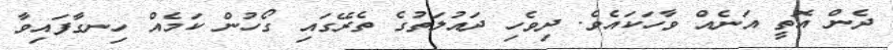
ދެން އޮތީ އަނެއް ވާހަކައެވެ. ދިވެހި ދައުލަތުގެ ތެރޭގައި ގޯހުން ކަމެއް ހިނގާފައިވާ